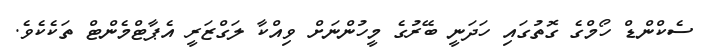
ސެކްންޑް ހޯމްގެ ގޮތުގައި ހަދަނީ ބޭރުގެ މީހުންނަށް ވިއްކާ ލަގްޒަރީ އެޕާޓްމެންޓް ތަކެކެވެ.